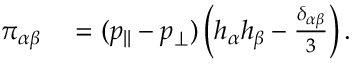
\begin{array} { r l } { \pi _ { \alpha \beta } } & { { } = ( p _ { | | } - p _ { \perp } ) \left( h _ { \alpha } h _ { \beta } - \frac { \delta _ { \alpha \beta } } { 3 } \right) . } \end{array}